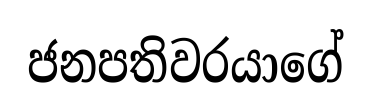
ජනපතිවරයාගේ